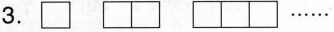
3.\Box \Box\Box \Box\Box\Box ……